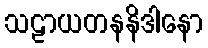
သဠာယတနနိဒါနော